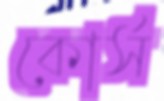
কোর্স